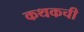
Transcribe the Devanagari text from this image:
कथकची